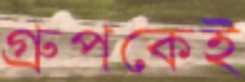
গ্রুপকেই